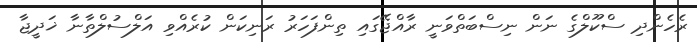
ރެހެންދި ސްކޫލްގެ ނަން ނިސްބަތްވަނީ ރާއްޖޭގައި ތިންފަހަރު ރަނިކަން ކުރެއްވި އަލްސުލްތާނާ ޚަދީޖާ